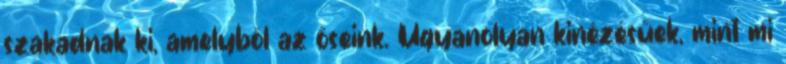
szakadnak ki, amelyből az őseink. Ugyanolyan kinézésűek, mint mi